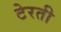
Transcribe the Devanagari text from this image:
टेरती